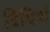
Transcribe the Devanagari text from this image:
विधियाँं